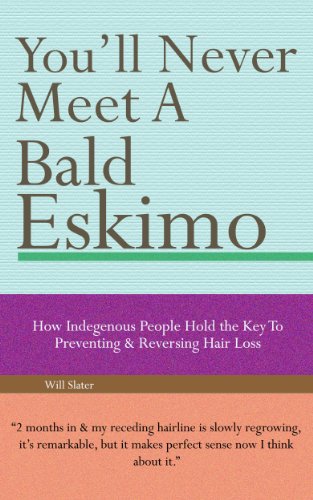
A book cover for You'll Never Meet A Bald Eskimo - How Indigenous People Hold The Key To Preventing & Reversing Hair Loss; Thaddeus Slator; Health, Fitness & Dieting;